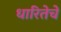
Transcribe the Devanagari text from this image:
धारितेचे